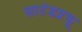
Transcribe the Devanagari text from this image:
साउंडप्रूफ